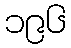
၁၉၆